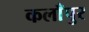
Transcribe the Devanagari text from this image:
कलाँपुर